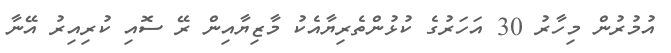
އުމުރުން މިހާރު 30 އަހަރުގެ ކުޅުންތެރިޔާއެކު މާޒިޔާއިން ރޭ ސޮއި ކުރިއިރު އޭނާ